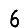
Digit: 6